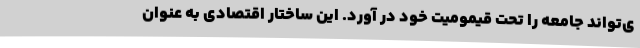
ی‌تواند جامعه را تحت قیمومیت خود در آورد. این ساختار اقتصادی به عنوان